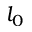
l _ { 0 }